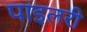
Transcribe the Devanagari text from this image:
पाइलरी